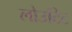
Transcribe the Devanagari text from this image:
लोउटिट